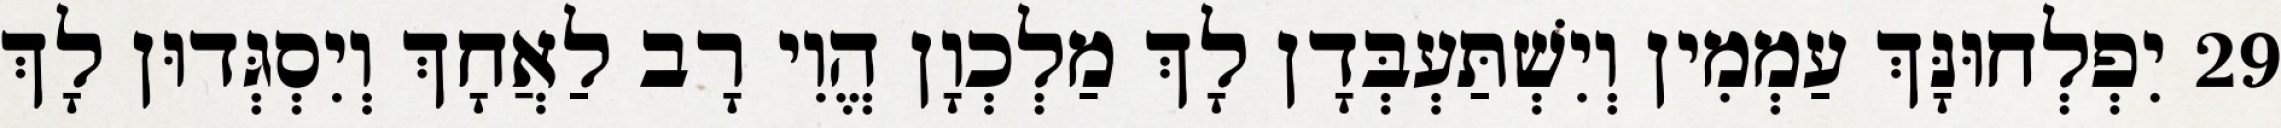
29 יִפְלְחוּנָּךְ עַמְמִין וְיִשְׁתַּעְבְּדָן לָךְ מַלְכְוָן הֱוִי רָב לַאֲחָךְ וְיִסְגְּדוּן לָךְ